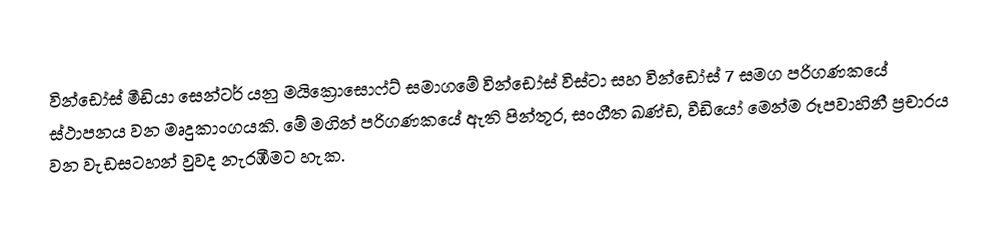
වින්ඩෝස් මීඩියා සෙන්ටර් යනු මයික්‍රොසොෆ්ට් සමාගමේ වින්ඩෝස් විස්ටා සහ වින්ඩෝස් 7 සමග පරිගණකයේ ස්ථාපනය වන මෘදුකාංගයකි. මේ මගින් පරිගණකයේ ඇති පින්තූර, සංගීත ඛණ්ඩ, වීඩියෝ මෙන්ම රූපවාහිනී ප්‍රචාරය වන වැඩසටහන් වුවද නැරඹීමට හැක.